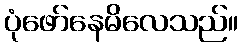
ပုံဖော်နေမိလေသည်။